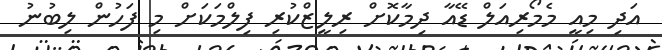
އަދި މިއީ މެމޯރިއަލް ޑޭއާ ދިމާކޮށް ރިލީޒްކުރި ފިލްމަކަށް މި ފަހުން ލިބުނު